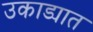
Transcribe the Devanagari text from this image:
उकाड्यात